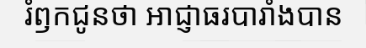
រំឭកជូនថា អាជ្ញាធរបារាំងបាន